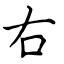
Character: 右